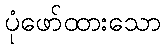
ပုံဖော်ထားသော